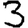
Digit: 3